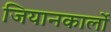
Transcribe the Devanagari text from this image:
जियानकार्लो